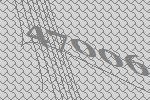
47006